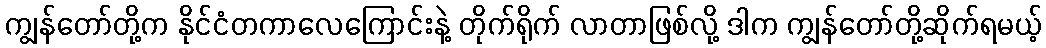
ကျွန်တော်တို့က နိုင်ငံတကာလေကြောင်းနဲ့ တိုက်ရိုက် လာတာဖြစ်လို့ ဒါက ကျွန်တော်တို့ဆိုက်ရမယ့်